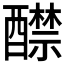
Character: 𨣤